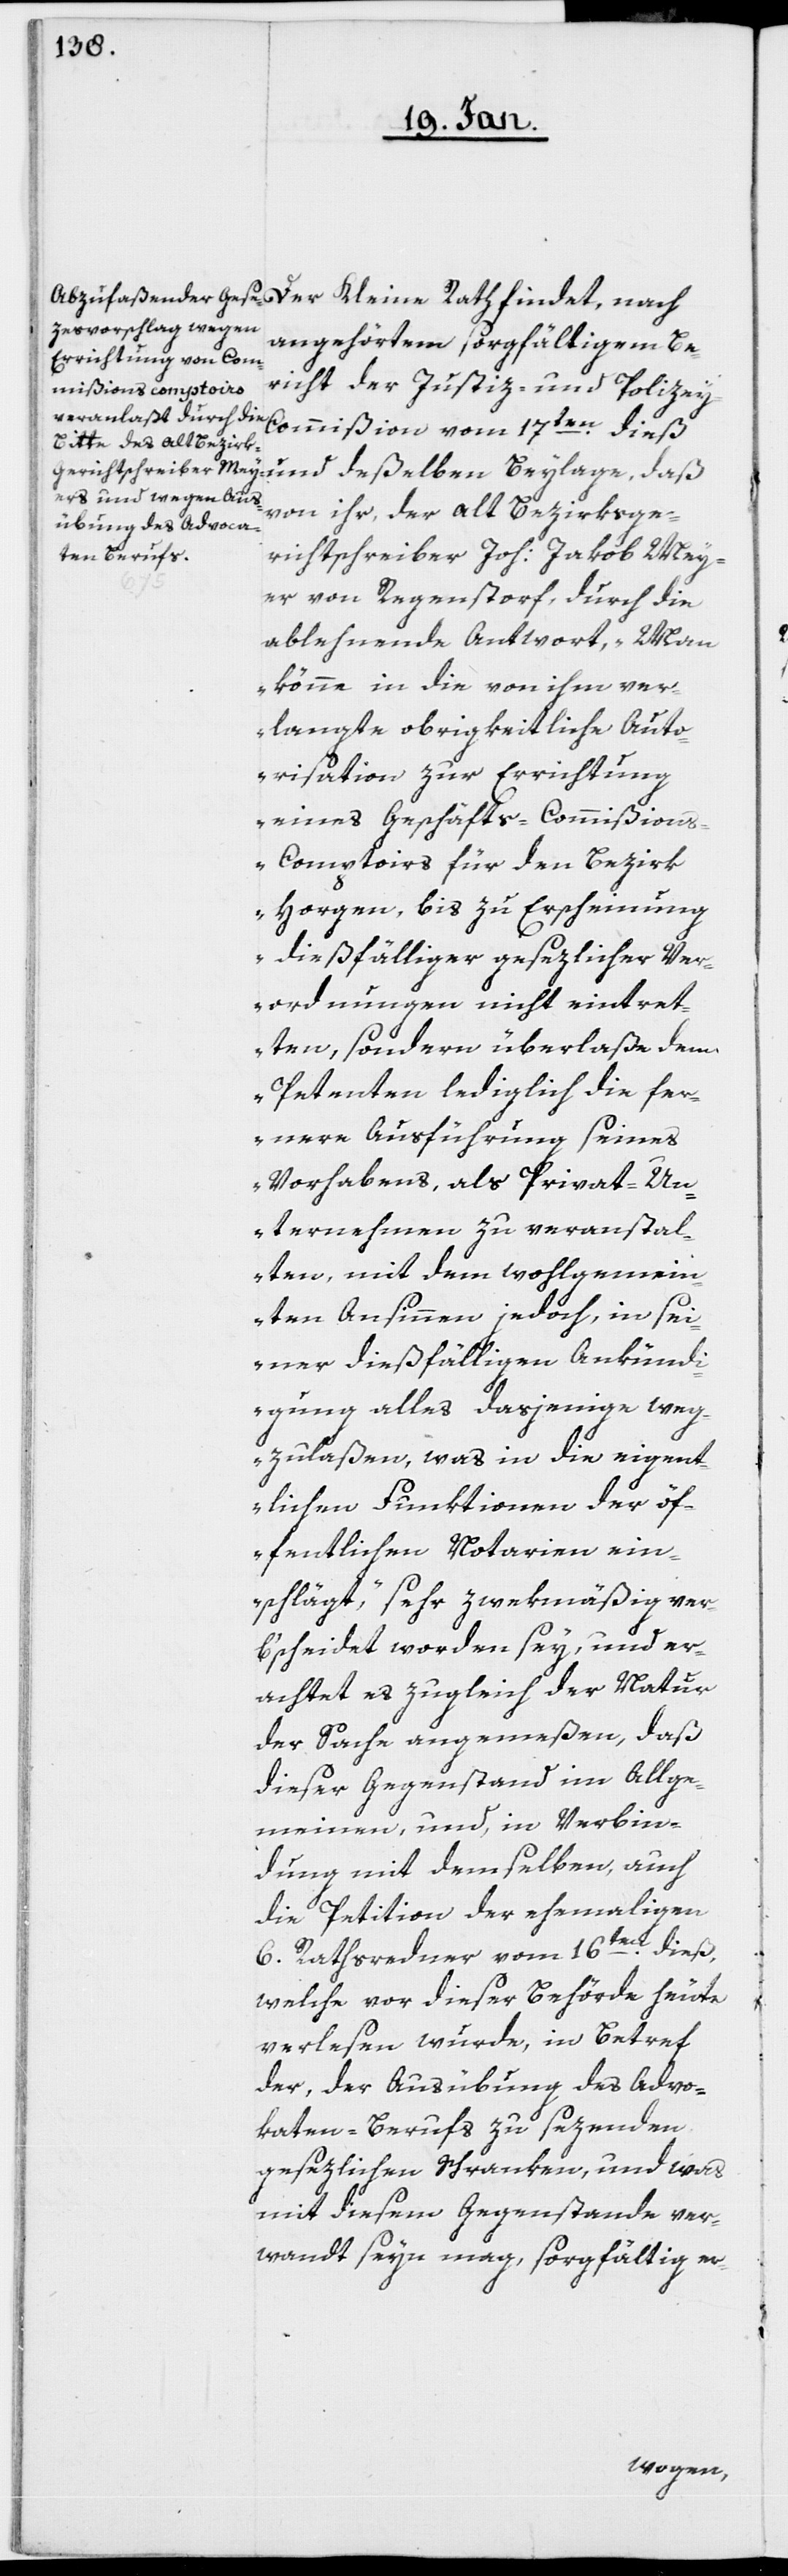
Der Kleine Rath findet, nach
angehörtem sorgfältigem Be¬
richt der Justiz- und Polizey-C¬
ommißion vom 17ten. dieß,
von ihr, der alt Bezirksge¬
richtschreiber Joh: Jakob Mey¬
er von Regenstorf, durch die
ablehnende Antwort, „Man
könne in die von ihm ver¬
langte obrigkeitliche Auto¬
risation zur Errichtung
eines Geschäfts-Commißion¬
s-Comptoirs für den Bezirk
Horgen, bis zu Erscheinung
dießfälliger gesezlicher Ver¬
ordnungen nicht eintret¬
ten, sondern überlaße dem
Petenten lediglich die fer¬
nere Ausführung seines
Vorhabens, als Privat-Un¬
ternehmen zu veranstal¬
ten, mit dem wohlgemein¬
ten Ansinnen jedoch, in sei¬
ner dießfälligen Ankündi¬
gung alles dasjenige weg¬
zulaßen, was in die eigent¬
lichen Funktionen der öf¬
fentlichen Notarien ein¬
schlägt“, sehr zwekmäßig ver¬
bscheidet worden sey, und er¬
achtet es zugleich der Natur
der Sache angemeßen, daß
dieser Gegenstand im Allge¬
meinen, und, in Verbin¬
dung mit demselben, auch
die Petition der ehemaligen
6. Rathsredner vom 16ten. dieß,
welche vor dieser Behörde heute
verlesen wurde, in Betref
der, der Ausübung des Advo¬
katen-Berufs zu sezenden
gesezlichen Schranken, und was
mit diesem Gegenstande ver¬
wandt seyn mag, sorgfältig er-